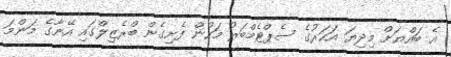
އެ ބައްޔަށް މިދިޔަ އަހަރުގެ ސެޕްޓެމްބަރު މަހުން ފެށިގެން ބްރެޒިލްގައި އޭނާގެ މަންމަ